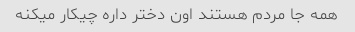
همه جا مردم هستند اون دختر داره چیکار میکنه